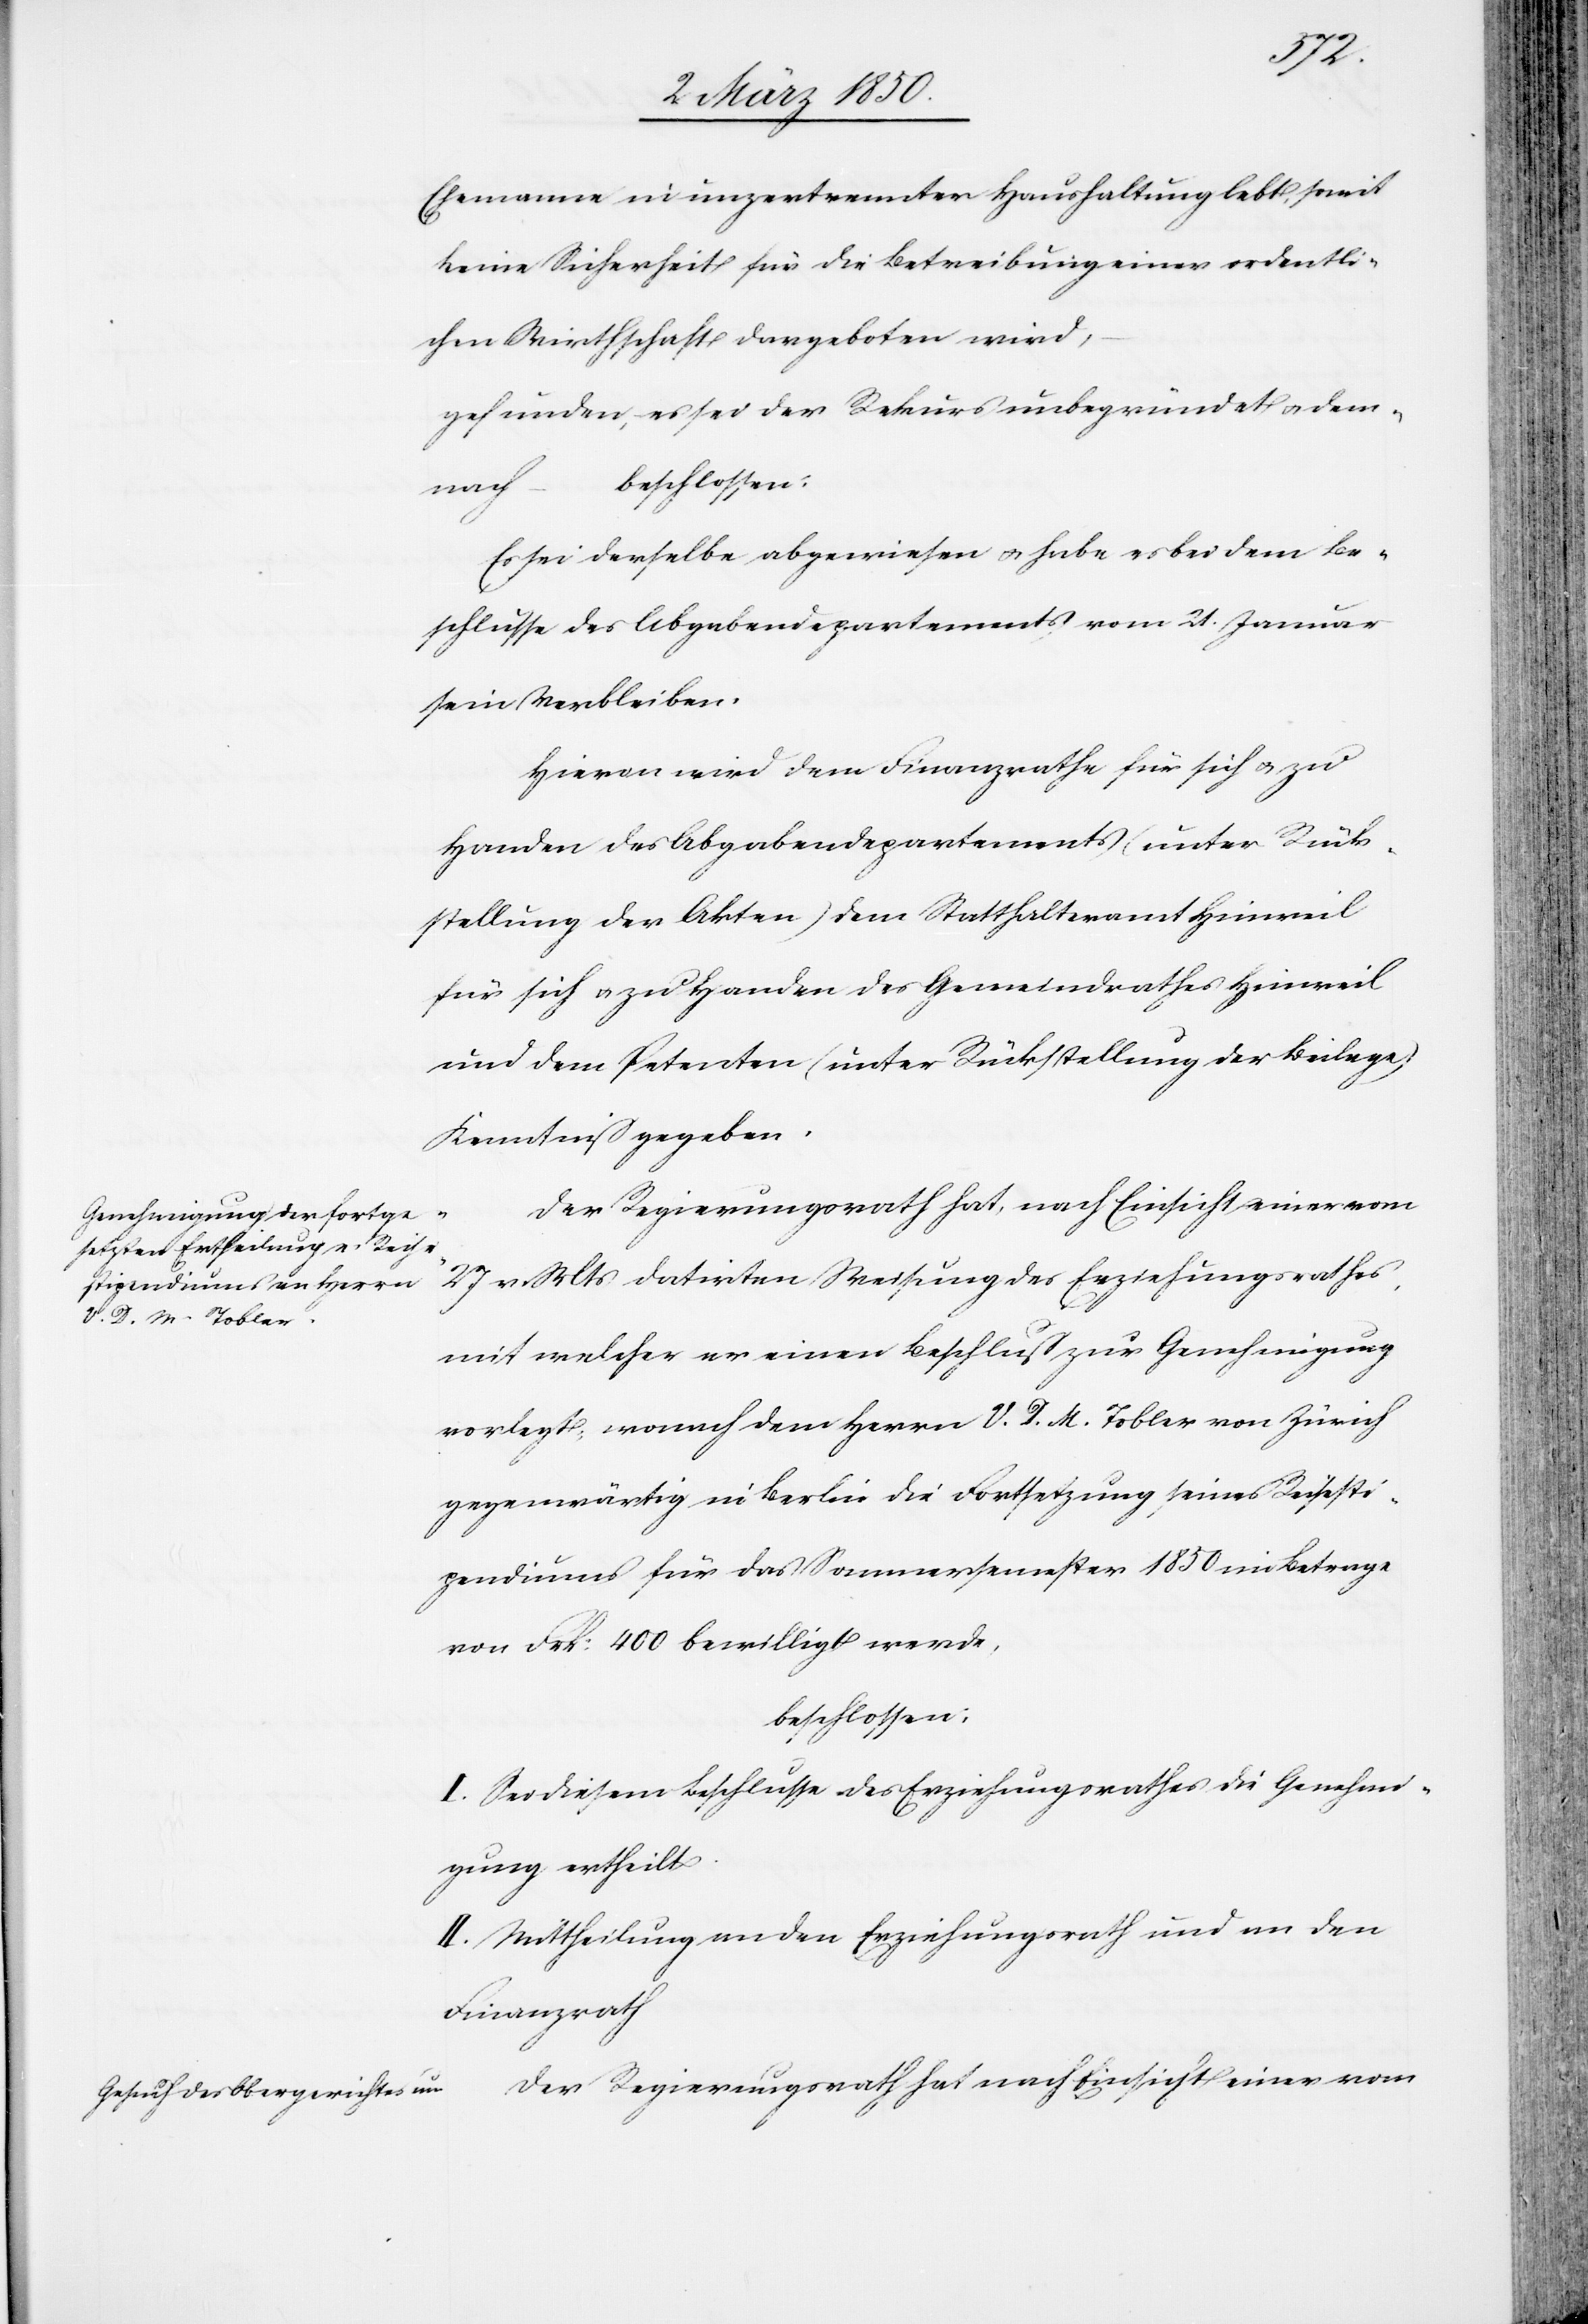
Ehemanne in unzertrennter Haushaltung lebt, somit
keine Sicherheit für die Betreibung einer ordentli¬
chen Wirthschaft dargeboten wird,
gefunden, es sei der Rekurs unbegründet u. dem¬
nach
Es sei derselbe abgewiesen u. habe es bei dem Be¬
schlusse des Abgabendepartements vom 21. Januar
sein Verbleiben.
Hievon wird dem Finanzrathe für sich u. zu
Handen des Abgabendepartements (unter Rück¬
stellung der Akten) dem Statthalteramt Hinweil
für sich u. zu Handen des Gemeindrathes Hinweil
und dem Petenten (unter Rückstellung der Beilage)
Kenntniß gegeben.
Der Regierungsrath hat, nach Einsicht einer vom
27 v. Mts datirten Weisung des Erziehungsrathes,
mit welcher er einen Beschluß zur Genehmigung
vorlegt, wonach dem Herrn V. D. M. Tobler von Zürich
gegenwärtig in Berlin die Fortsetzung seines Reisesti¬
pendiums für das Sommersemester 1850 im Betrage
von Frk: 400 bewilligt werde,
beschlossen:
I. Sei diesem Beschlusse des Erziehungsrathes die Genehmi¬
gung ertheilt.
II: Mittheilung an den Erziehungsrath und an den
Finanzrath
Der Regierungsrath hat nach Einsicht einer vom